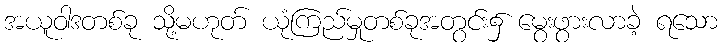
အယူဝါဒတစ်ခု သို့မဟုတ် ယုံကြည်မှုတစ်ခုအတွင်း၌ မွေးဖွားလာခဲ့ ရသော